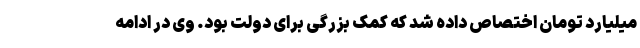
میلیارد تومان اختصاص داده شد که کمک بزرگی برای دولت بود. وی در ادامه